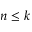
n \le k